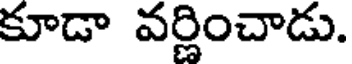
కూడా వర్ణించాడు.